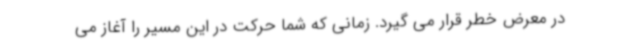
در معرض خطر قرار می گیرد. زمانی که شما حرکت در این مسیر را آغاز می